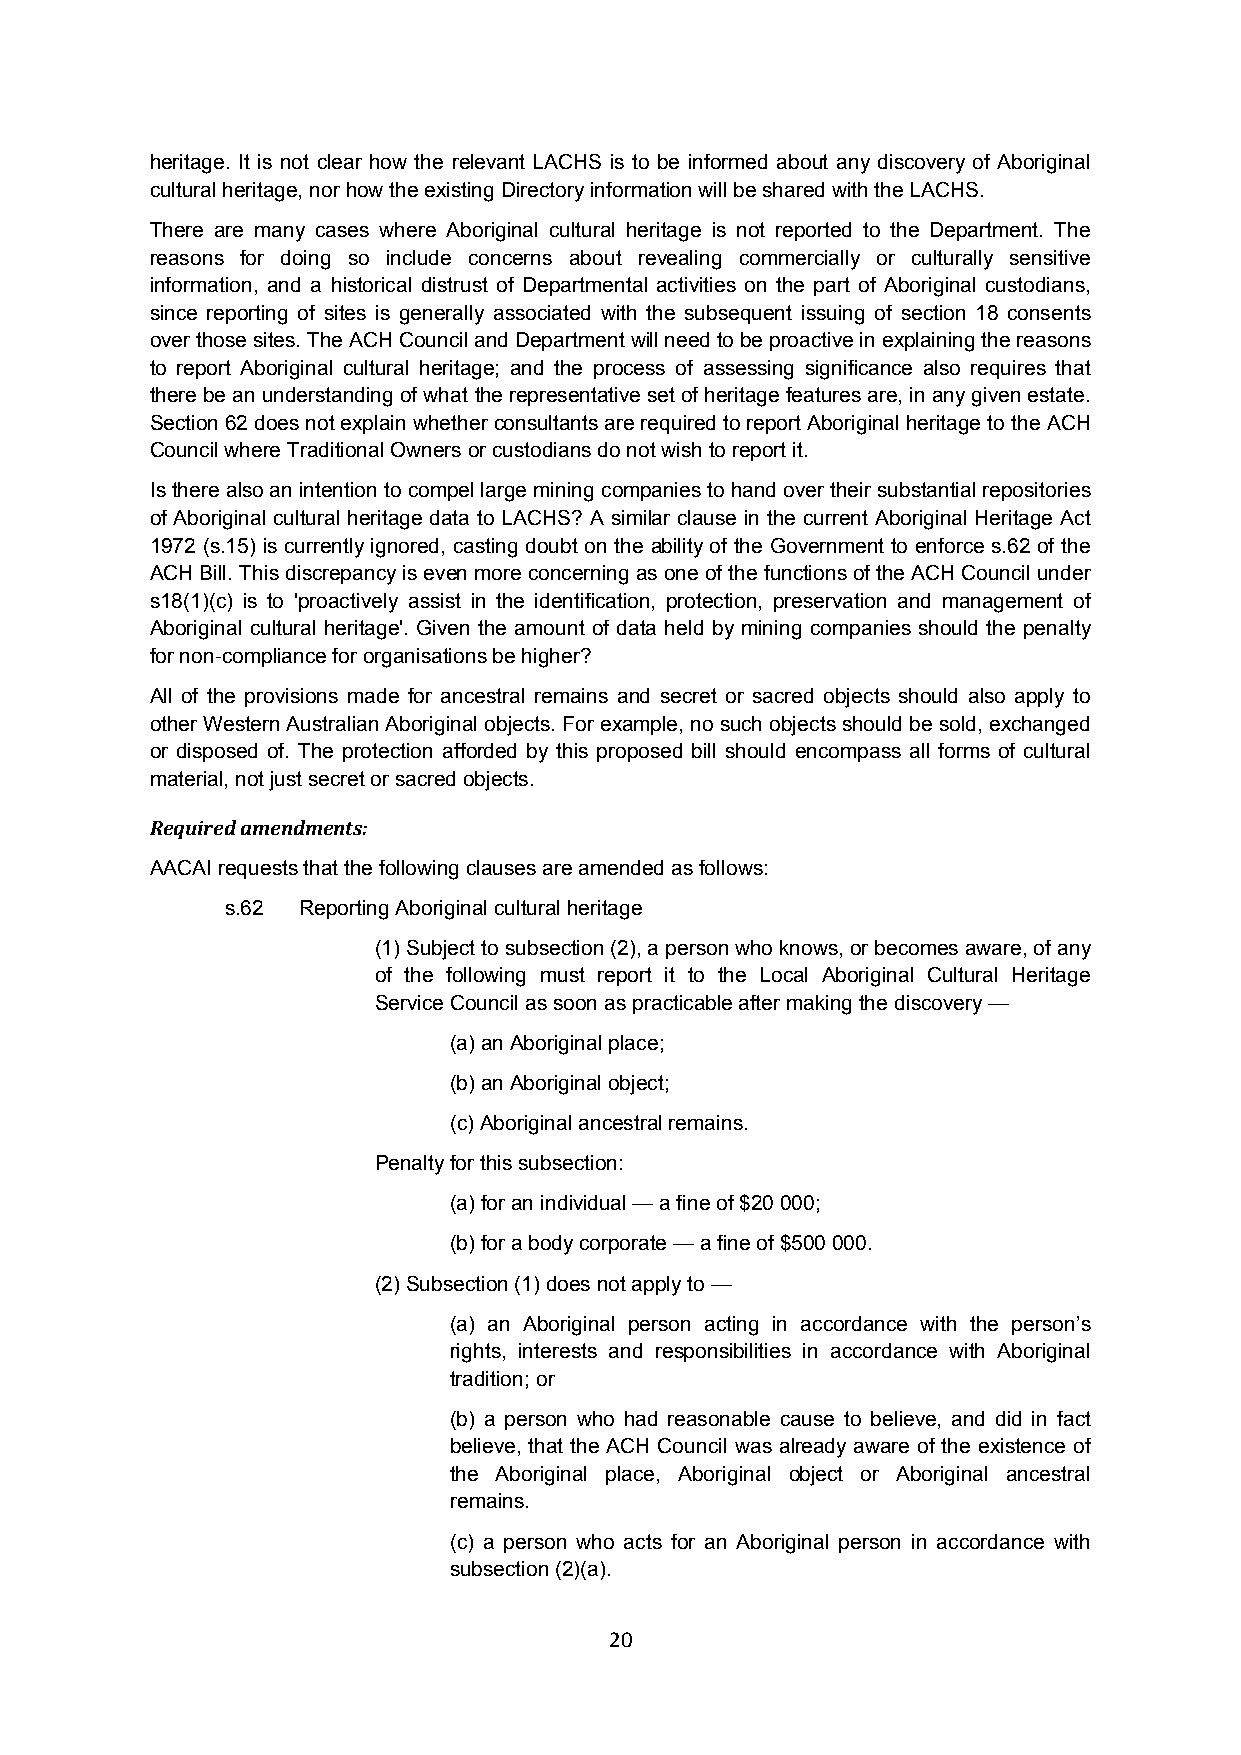
heritage. It is not clear how the relevant LACHS is to be informed about any discovery of Aboriginal
 cultural heritage, nor how the existing Directory information will be shared with the LACHS.
 There are many cases where Aboriginal cultural heritage is not reported to the Department. The
 reasons for doing so include concerns about revealing commercially or culturally sensitive
 information, and a historical distrust of Departmental activities on the part of Aboriginal custodians,
 since reporting of sites is generally associated with the subsequent issuing of section 18 consents
 over those sites. The ACH Council and Department will need to be proactive in explaining the reasons
 to report Aboriginal cultural heritage; and the process of assessing significance also requires that
 there be an understanding of what the representative set of heritage features are, in any given estate.
 Section 62 does not explain whether consultants are required to report Aboriginal heritage to the ACH
 Council where Traditional Owners or custodians do not wish to report it.
 Is there also an intention to compel large mining companies to hand over their substantial repositories
 of Aboriginal cultural heritage data to LACHS? A similar clause in the current Aboriginal Heritage Act
 1972 (s.15) is currently ignored, casting doubt on the ability of the Government to enforce s.62 of the
 ACH Bill. This discrepancy is even more concerning as one of the functions of the ACH Council under
 s18(1)(c) is to 'proactively assist in the identification, protection, preservation and management of
 Aboriginal cultural heritage'. Given the amount of data held by mining companies should the penalty
 for non-compliance for organisations be higher?
 All of the provisions made for ancestral remains and secret or sacred objects should also apply to
 other Western Australian Aboriginal objects. For example, no such objects should be sold, exchanged
 or disposed of. The protection afforded by this proposed bill should encompass all forms of cultural
 material, not just secret or sacred objects.
 Required amendments:
 AACAI requests that the following clauses are amended as follows:
 s.62 Reporting Aboriginal cultural heritage
 (1) Subject to subsection (2), a person who knows, or becomes aware, of any
 of the following must report it to the Local Aboriginal Cultural Heritage
 Service Council as soon as practicable after making the discovery —
 (a) an Aboriginal place;
 (b) an Aboriginal object;
 (c) Aboriginal ancestral remains.
 Penalty for this subsection:
 (a) for an individual — a fine of $20 000;
 (b) for a body corporate — a fine of $500 000.
 (2) Subsection (1) does not apply to —
 (a) an Aboriginal person acting in accordance with the person’s
 rights, interests and responsibilities in accordance with Aboriginal
 tradition; or
 (b) a person who had reasonable cause to believe, and did in fact
 believe, that the ACH Council was already aware of the existence of
 the Aboriginal place, Aboriginal object or Aboriginal ancestral
 remains.
 (c) a person who acts for an Aboriginal person in accordance with
 subsection (2)(a).
 20